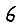
Digit: 6